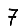
Digit: 7